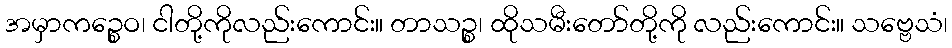
အမှာကဉ္စေဝ၊ ငါတို့ကိုလည်းကောင်း။ တာသဉ္စ၊ ထိုသမီးတော်တို့ကို လည်းကောင်း။ သဗ္ဗေသံ၊